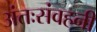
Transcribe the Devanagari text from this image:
अंतःसंवहनी